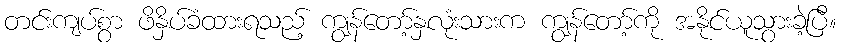
တင်းကျပ်စွာ ဖိနှိပ်ခံထားရသည့် ကျွန်တော့်နှလုံးသားက ကျွန်တော့်ကို အနိုင်ယူသွားခဲ့ပြီ။